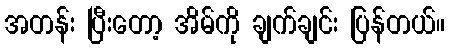
အတန်း ပြီးတော့ အိမ်ကို ချက်ချင်း ပြန်တယ်။